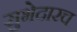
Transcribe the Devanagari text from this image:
सुभेदारच